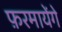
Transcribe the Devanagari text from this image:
फ़रमायेंगे